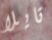
تايلا